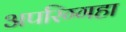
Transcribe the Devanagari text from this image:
अपरिग्गहा